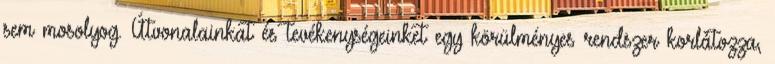
sem mosolyog. Útvonalainkat és tevékenységeinket egy körülményes rendszer korlátozza,